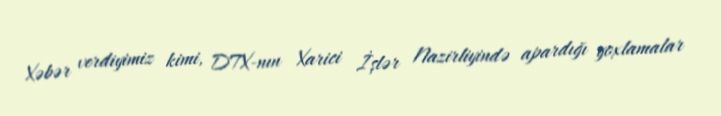
Xəbər verdiyimiz kimi, DTX-nın Xarici İşlər Nazirliyində apardığı yoxlamalar